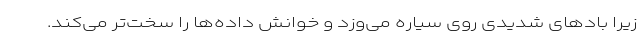
زیرا بادهای شدیدی روی سیاره می‌وزد و خوانش داده‌ها را سخت‌تر می‌کند.